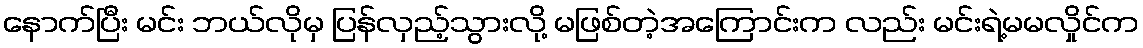
နောက်ပြီး မင်း ဘယ်လိုမှ ပြန်လှည့်သွားလို့ မဖြစ်တဲ့အကြောင်းက လည်း မင်းရဲ့မမလှိုင်က